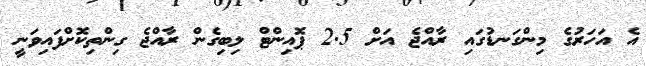
އެ އަހަރުގެ މިންގަނޑުގައި ރާއްޖެ އަށް 2.5 ޕޮއިންޓް ލިބިގެން ރާއްޖެ ގިންތިކޮށްފައިވަނީ